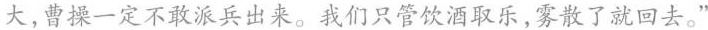
大，曹操一定不敢派兵出来。我们只管饮酒取乐，雾散了就回去。”